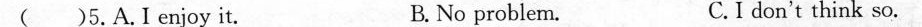
( )5.A.I enjoy it. B. No problem. C.I don't think so.